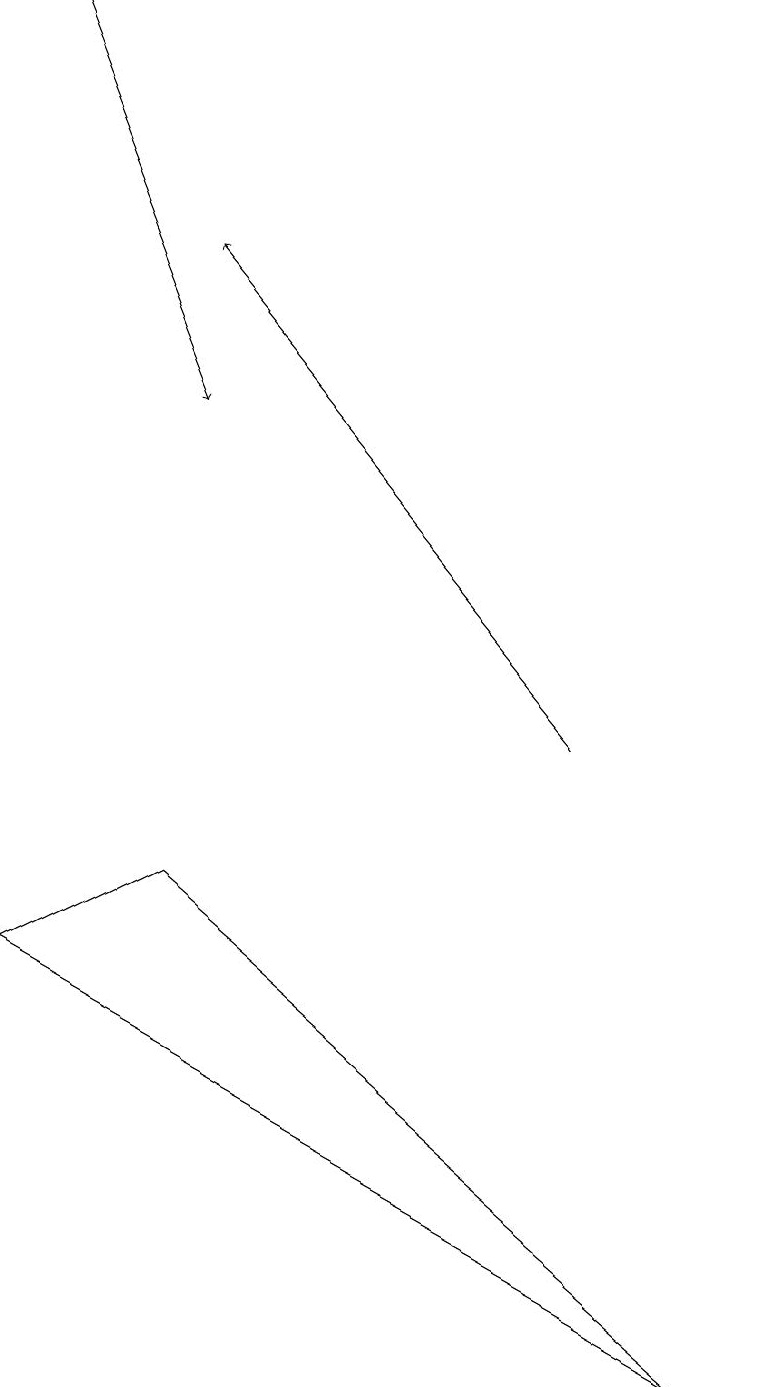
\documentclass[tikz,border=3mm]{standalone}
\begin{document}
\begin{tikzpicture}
\draw[->] (7,10) -- (2,16);
\draw (9,2) -- (0,7) -- (2,8) -- cycle;
\draw[->] (0,19) -- (2,14);
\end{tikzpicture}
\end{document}